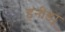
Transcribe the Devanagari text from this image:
हनीड्यू